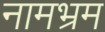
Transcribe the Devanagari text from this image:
नामभ्रम